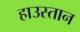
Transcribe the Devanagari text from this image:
हाउस्तान